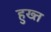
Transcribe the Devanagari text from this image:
हुख्त